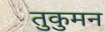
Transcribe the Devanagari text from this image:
तुकुमन